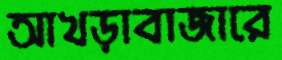
আখড়াবাজারে